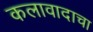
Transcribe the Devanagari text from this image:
कलावादाचा